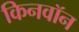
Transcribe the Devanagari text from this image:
किनवॉन